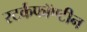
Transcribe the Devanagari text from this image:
स्टर्कफॉण्टीन